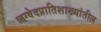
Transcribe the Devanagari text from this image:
ऋग्वेदप्रातिशाख्यांतील